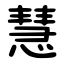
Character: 慧